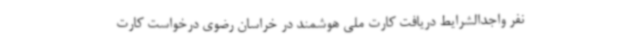
نفر واجدالشرایط دریافت کارت ملی هوشمند در خراسان رضوی درخواست کارت